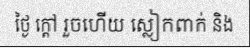
ថ្ងៃ ក្តៅ រួចហើយ ស្លៀកពាក់ និង